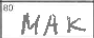
Transcription: MAK